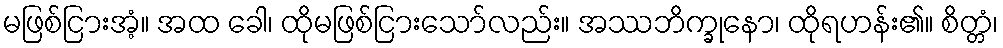
မဖြစ်ငြားအံ့။ အထ ခေါ၊ ထိုမဖြစ်ငြားသော်လည်း။ အဿဘိက္ခုနော၊ ထိုရဟန်း၏။ စိတ္တံ၊